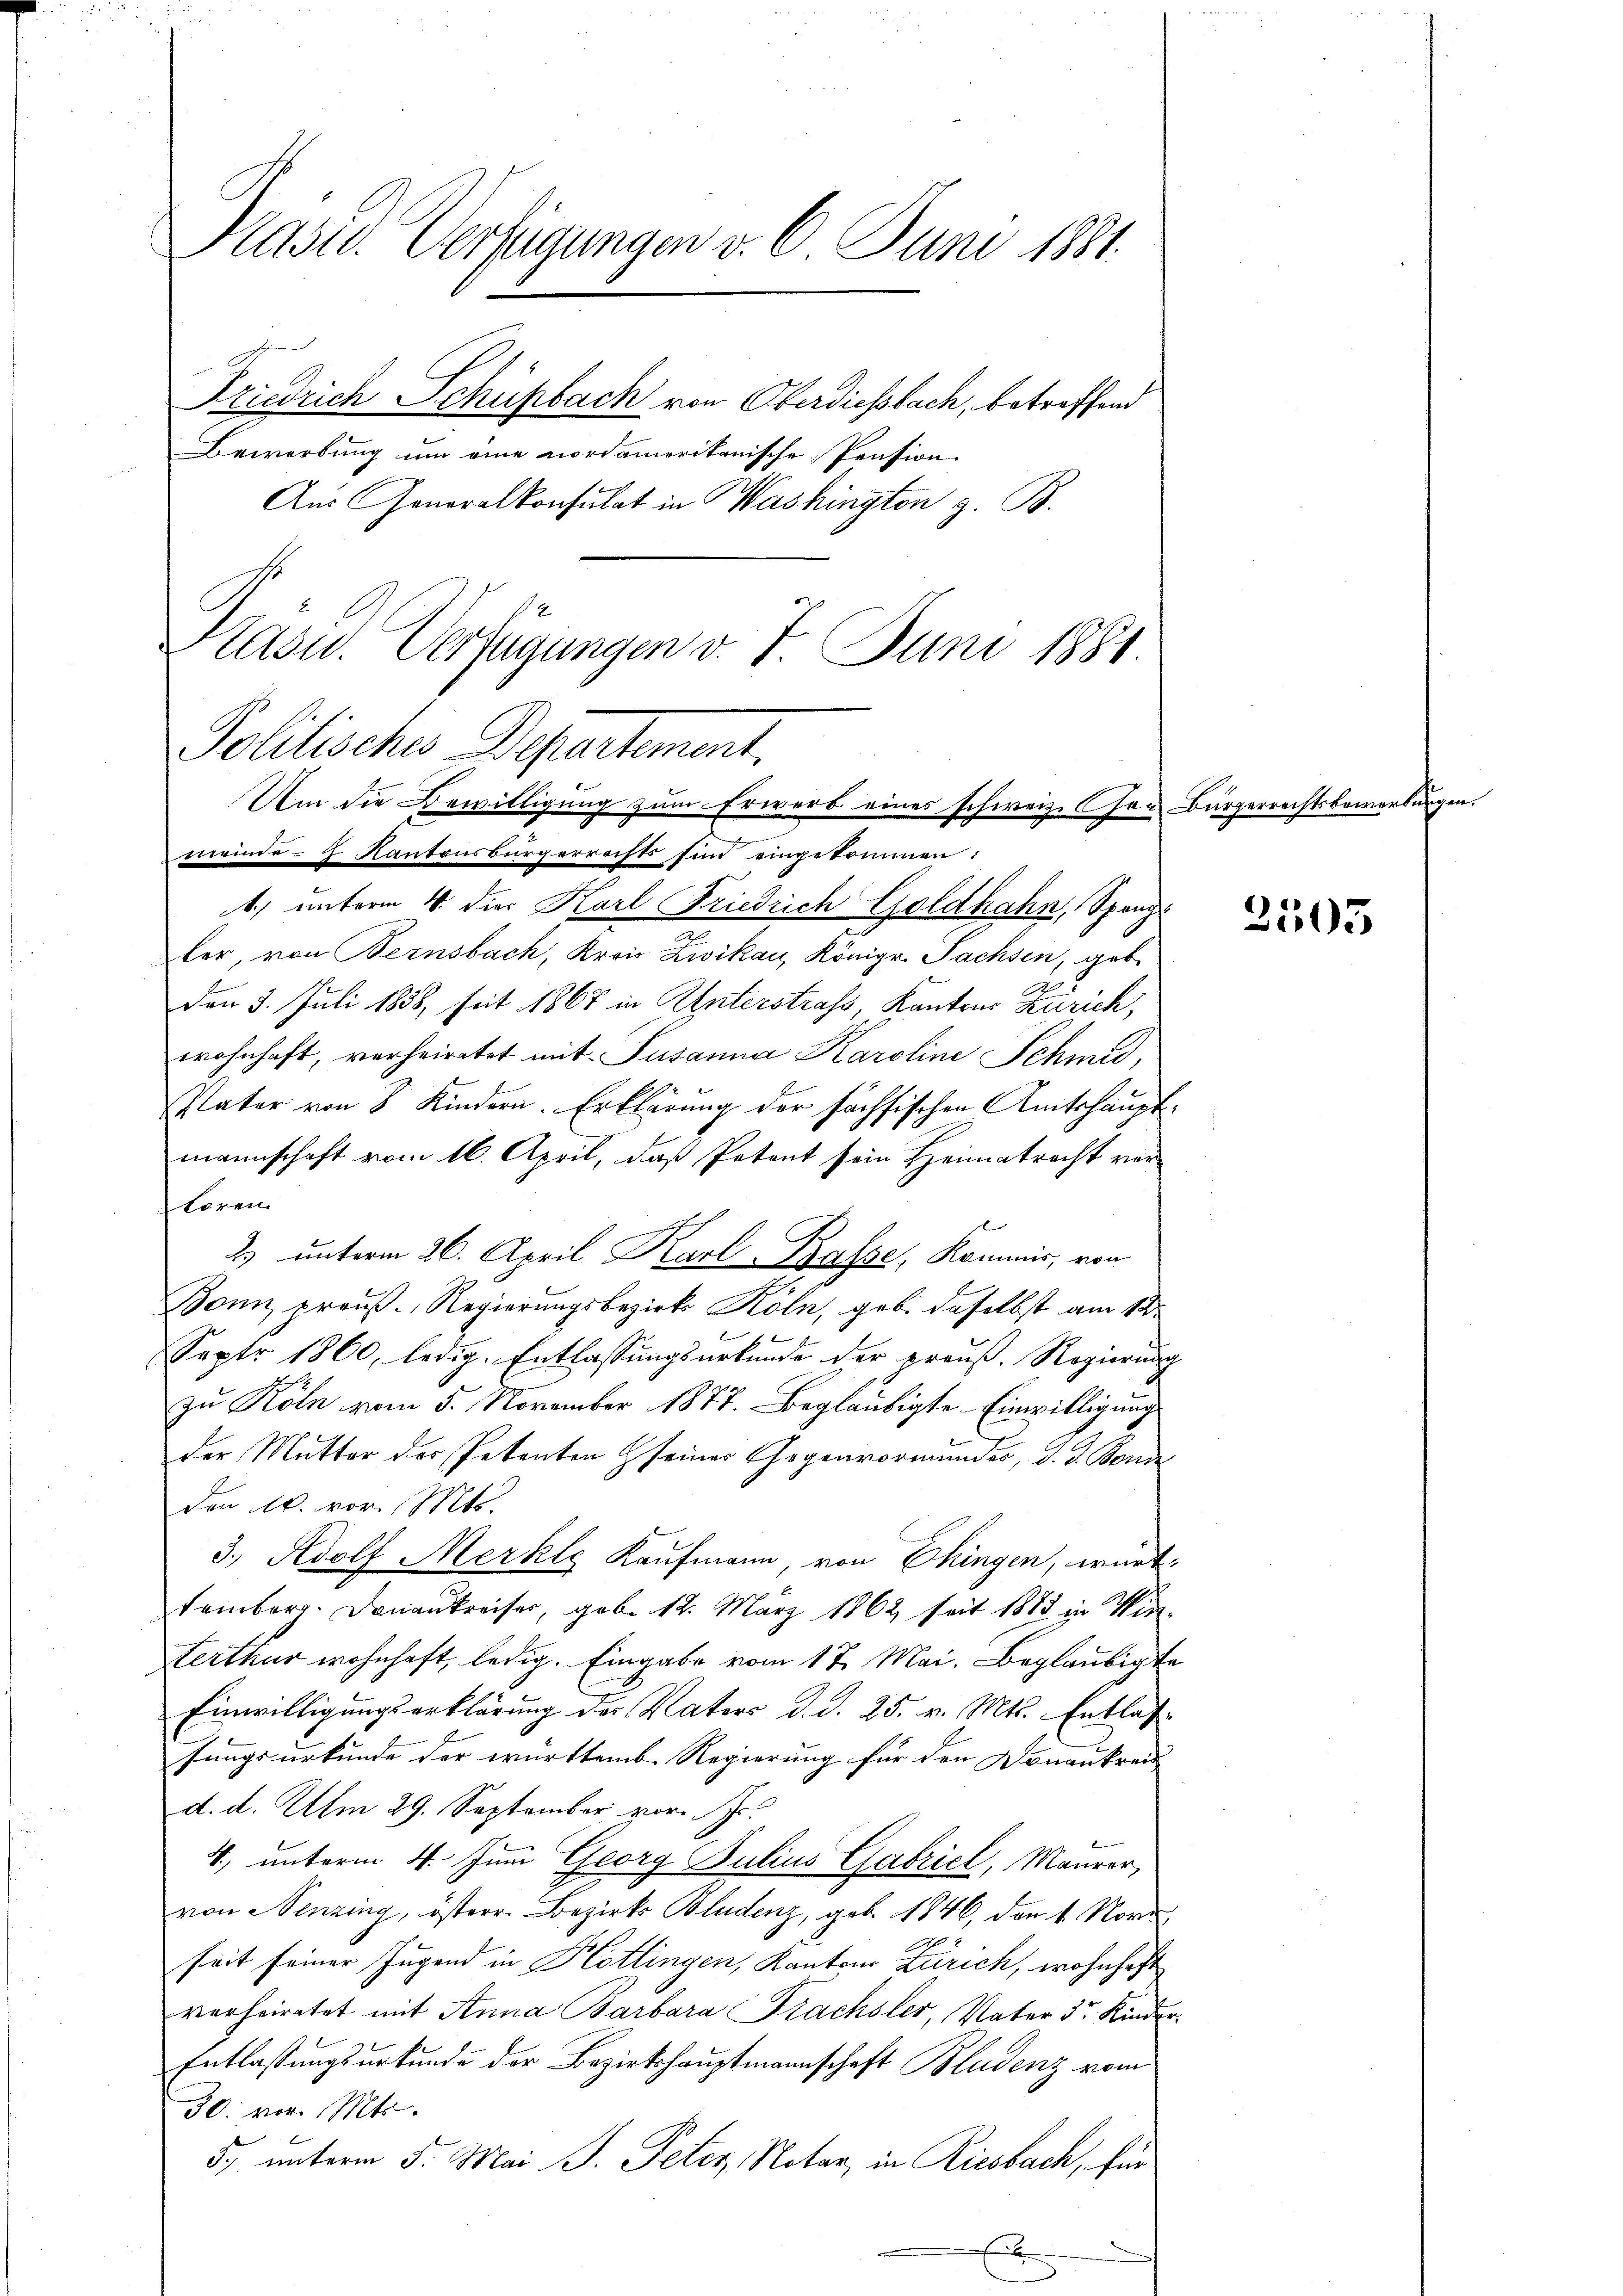
Prast. Verfügungen v. 6. Juni 1881.
Friedrich Schüpbach von Oberdiessbach, betreffend

Bewerbung um eine nordamerikanische Pension
Aus Generalkonsulat in Washington z. B.
Politische Departement,
emeindes Kantonsbürgerrechts sind eingekommen:
1) unterm 4. die Karl Friedrich Goldhahn, Spangler, von Bernsbach, Kreis Zwikau, Königr. Pachsen, geb.
Den 3. Juli 1858, seit 1867 in Unterstrass, Kantons Zürich,
wohnhaft, vorheiratet mit Susanna Karoline Schmid,
Vater von 8 Kindern. Erklärung der sächsischen Amtshaupt
mannschaft vom 16. April, daß Petent sein Heimatracht ver-
toren
2. unterm 26. April Karl Basse, Kommis, von
Bonn preuß. Regierungsbezirk Köln, geb. daselbst am 12.
Sept 1860, ledig. Entlassungsurkunde der preuß. Regierung
zu Köln vom 5. November 1877. Beglaubigte Einwilligung
der Mutter des Petenten seiner Gegenvormundes, d. J. Boniz
den 10. vor. Mts.
3. Adolf Merklg Kaufmann, von Ekingen, wurd
temberg. Donaukreises, geb. 12. März 1862 seit 1883 in Winferthur wohnhaft, ledig. Eingabe vom 17. Mai. Beglaubigt
Einwilligungserklärung des Nators d. d. 25. v. Mts. Entlassungsurkunde der württemb. Regierung für den Donaukrau
d. d. Um 29. September vor
4., unterm 4. Juni Georg Julius Gabriel, Maurer,
von Nenzing, österr. Bezirks Bludenz, geb. 1846, den 1. Nove
seit seiner Jugend in Hottingen, Kantons Zürich, wohnhaft
verheiratet mit Anna Barbara Fachsler, Vater 3 Kinder
Entlaßungsurkunde der Bezirkshauptmannschaft Bludenz vom
30. vor. Mts.
5. unterm 5. Mai J. Peter, Notar, in Riesbach, für
E

Kasu. Verfügungen v. 7. Juni 1881.

Um die Bewilligung zum Erwerb eines schweiz. Cher Bürgerrechtsbewerbungen.

2503